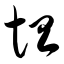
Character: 坦